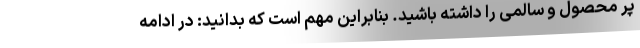
پر محصول و سالمی را داشته باشید. بنابراین مهم است که بدانید: در ادامه